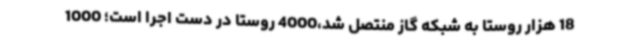
18 هزار روستا به شبکه گاز منتصل شد،4000 روستا در دست اجرا است؛ 1000